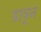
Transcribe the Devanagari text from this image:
डावून